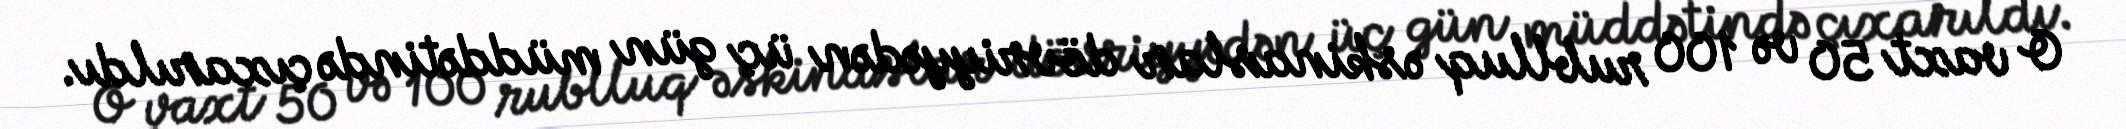
O vaxt 50 və 100 rublluq əskinaslar dövriyyədən üç gün müddətində çıxarıldı.